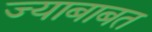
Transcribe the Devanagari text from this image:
ज्याबाबत